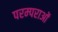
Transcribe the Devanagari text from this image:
परम्‍पराओं